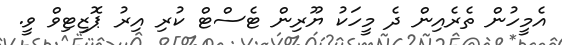
އެމީހުން ތެރެއިން ދެ މީހަކު ޔޫރިން ޓެސްޓް ކުރި އިރު ޕޮޒިޓިވް ވީ.